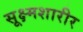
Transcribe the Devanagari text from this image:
सूक्ष्मशारीर